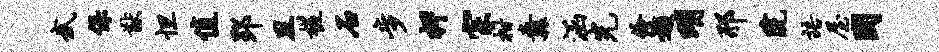
武保猷怛值郢且槎石步柙宗柑纛涵光伶遁明邢院语屋国